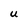
Character: U